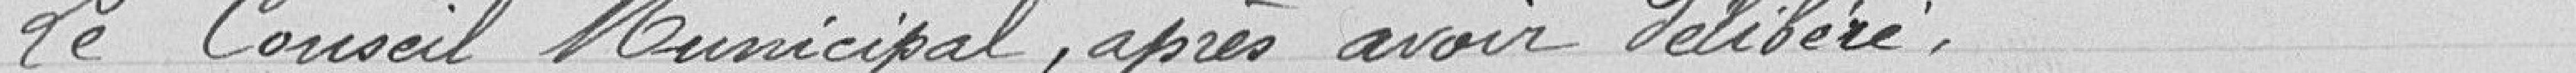
Le Conseil après en avoir délibéré :